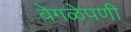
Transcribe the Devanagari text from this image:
वेगळेपणी